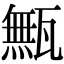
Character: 甒